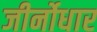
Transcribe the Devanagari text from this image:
जीर्नोधार